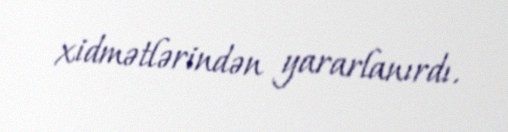
xidmətlərindən yararlanırdı.